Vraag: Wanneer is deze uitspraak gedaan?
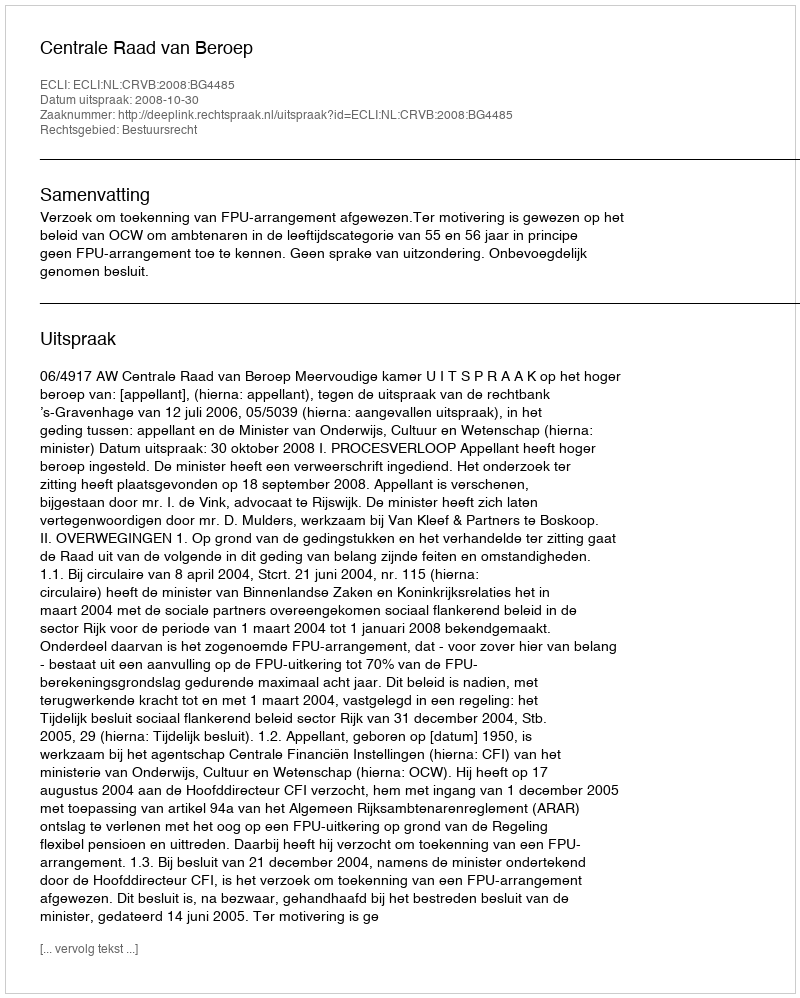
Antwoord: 2008-10-30